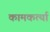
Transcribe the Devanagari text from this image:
कामकर्त्या